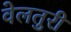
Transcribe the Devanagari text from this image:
वेलतुरी